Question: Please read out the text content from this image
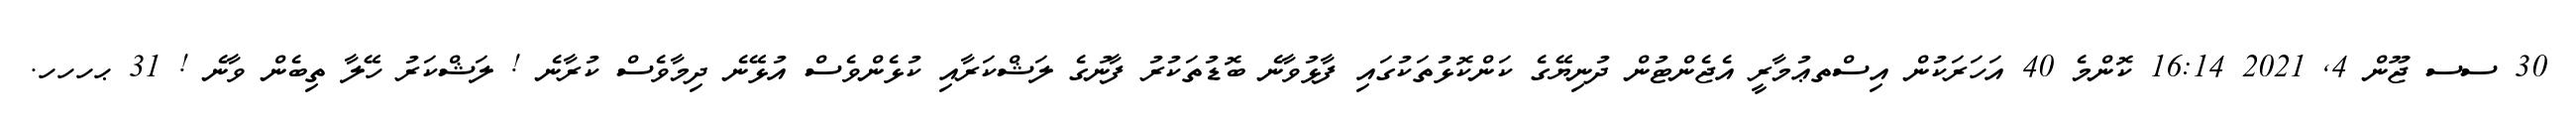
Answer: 30 ސސ ޖޫން 4, 2021 16:14 ކޮންމެ 40 އަހަރަކުން އިސްތޢުމާރީ އެޖެންޓުން ދުނިޔޭގެ ކަންކޮޅުތަކުގައި ފާޅުވާނެ ބޮޑުތަކުރު ފާނުގެ ލަޝްކަރާއި ކުޅެންވެސް އުޅޭނެ ދިމާވެސް ކުރާނެ ! ލަޝްކަރު ހޭލާ ތިބެން ވާނެ ! 31 ޙހހހ.